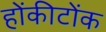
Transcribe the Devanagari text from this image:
होंकीटोंक